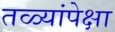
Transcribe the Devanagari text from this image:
तळ्यांपेक्षा